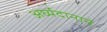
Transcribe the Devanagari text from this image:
अर्घ्यदानाने